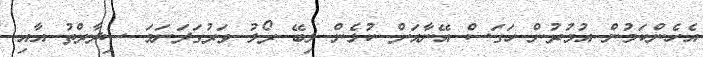
އެެހެންކަމުން އުމުރުން ހަގަސް އޭނާއަށް ކުޅެން ލިބޭ ރޯލު ވަރުގަދަނަމަ ސިދާރްތު އާއި